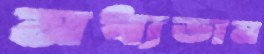
মধ্যডান